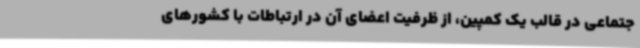
جتماعی در قالب یک کمپین، از ظرفیت اعضای آن در ارتباطات با کشورهای